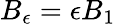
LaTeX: B_{\epsilon}=\epsilon B_{1}